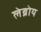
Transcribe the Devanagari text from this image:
लेब्रोय